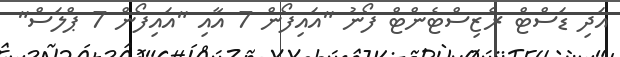
އަދި ޑަސްޓް ރެޒިސްޓެންޓް ފޯނު "އައިފޯން 7 އާއި "އައިފޯން 7 ޕްލަސް"